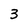
Character: 3